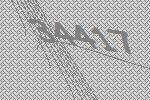
34417